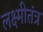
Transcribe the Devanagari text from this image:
लक्ष्मीतंत्र